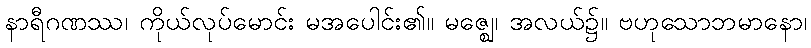
နာရီဂဏဿ၊ ကိုယ်လုပ်မောင်း မအပေါင်း၏။ မဇ္ဈေ၊ အလယ်၌။ ဗဟုသောဘမာနော၊